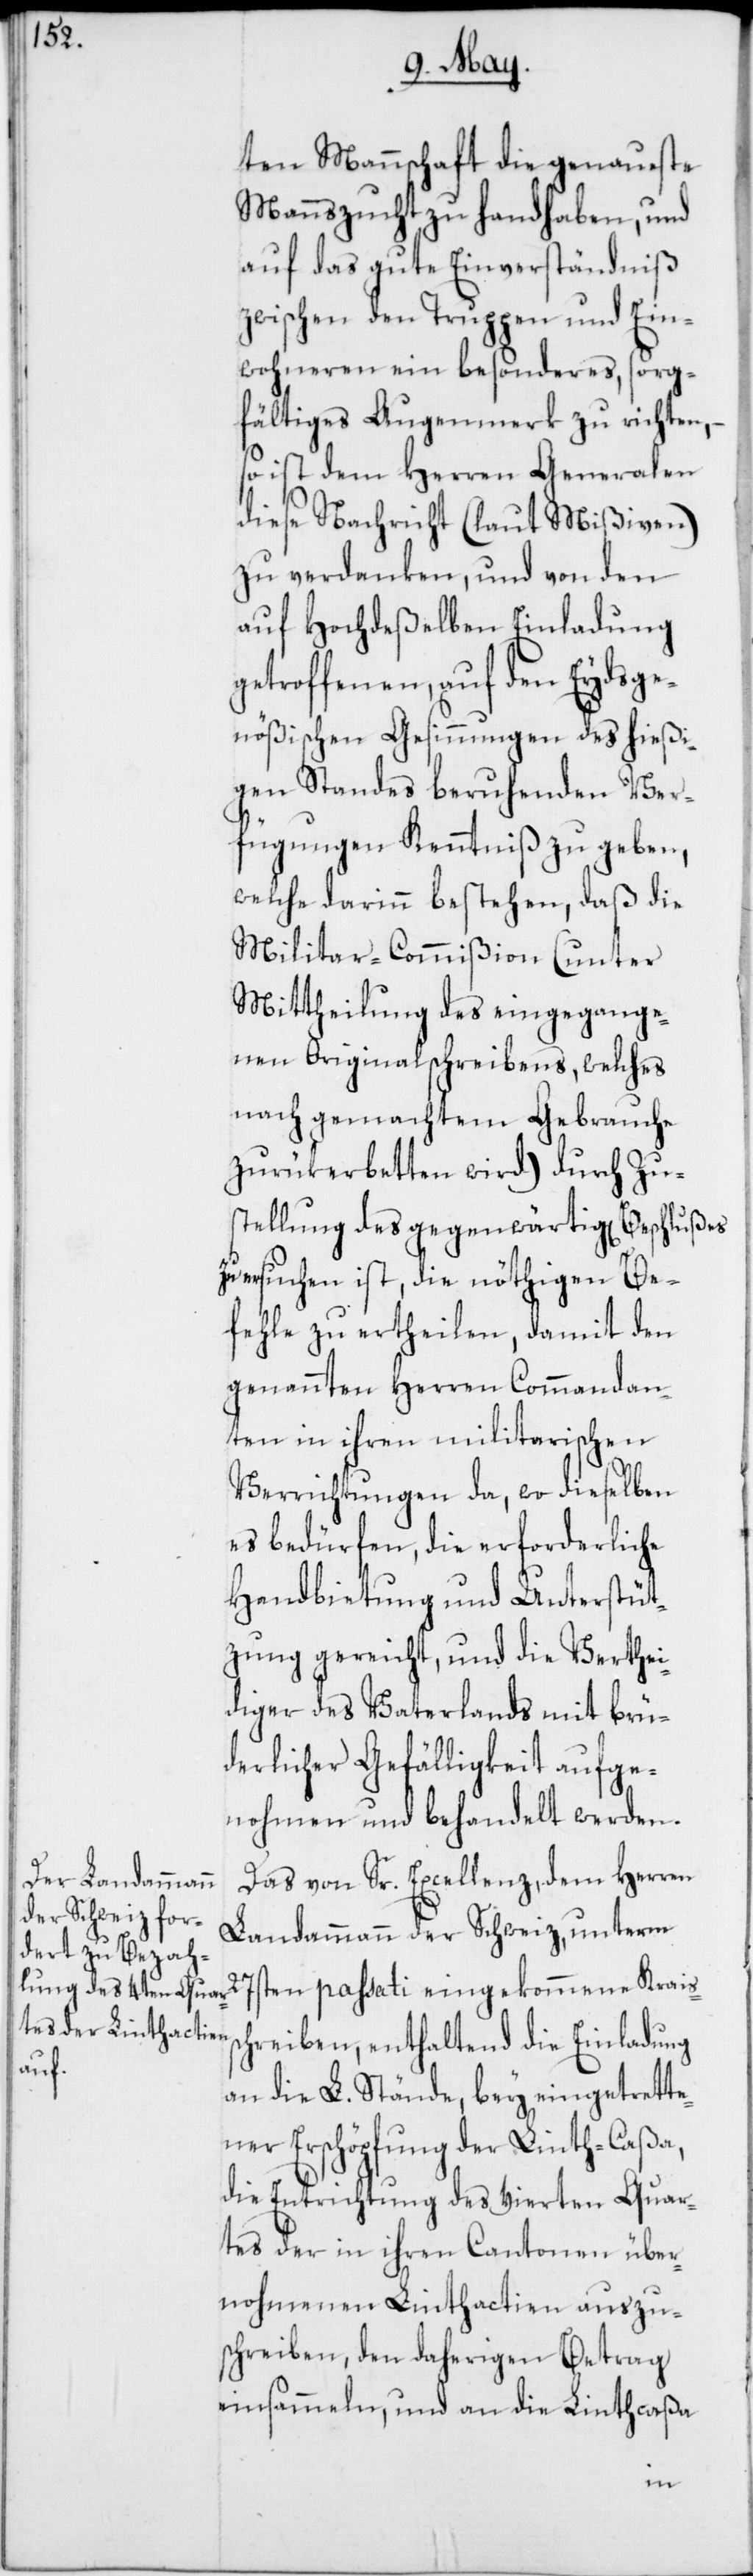
ten Mannschaft die genaueste
Mannszucht zu Hand haben, und
auf das gute Einverständniß
zwischen den Truppen und Ein¬
wohneren ein besonderes, sorg¬
fältiges Augenmerk zu richten, –
so ist dem Herren Generalen
diese Nachricht (laut Mißiven)
zu verdanken, und von den
auf Hochdeßelben Einladung
getroffenen, auf den Eydsge¬
nößischen Gesinnungen des hießi¬
gen Standes beruhenden Ver¬
fügungen Kenntniß zu geben,
welche darinn bestehen, daß die
Militar-Commißion (unter
Mittheilung des eingegange¬
nen Originalschreibens, welches
nach gemachtem Gebrauche
zurükerbetten wird) durch Zu¬
stellung des gegenwärtigen Beschlußes
zu ersuchen ist, die nöthigen Be¬
fehle zu ertheilen, damit den
genannten Herren Commandan¬
ten in ihren militarischen
Verrichtungen da, wo dieselben
es bedürfen, die erforderliche
Handbietung und Unterstüt¬
zung gereicht, und die Verthei¬
diger des Vaterlands mit brü¬
derlicher Gefälligkeit aufge¬
nohmen und behandelt werden.
Das von Sr. Excellenz, dem Herren
Landammann der Schweiz, unterm
27sten passati eingekommene Kraiss¬
chreiben, enthaltend die Einladung
an die L. Stände, bey eintrette¬
nder Erschöpfung der Linth-Caßa,
die Entrichtung des vierten Quar¬
tes der in ihren Cantonen über¬
nohmenen Linthactien auszu¬
schreiben, den daherigen Betrag
einsammeln, und an die Linthcaßa